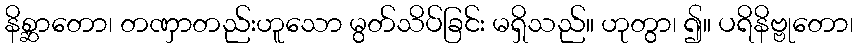
နိစ္ဆာတော၊ တဏှာတည်းဟူသော မွတ်သိပ်ခြင်း မရှိသည်။ ဟုတွာ၊ ၍။ ပရိနိဗ္ဗုတော၊